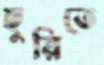
ছুরিতে